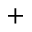
^ +